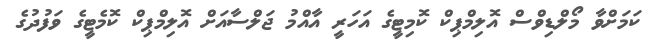
ކަމަށްވާ މޯލްޑިވްސް އޮލިމްޕިކް ކޮމިޓީގެ އަހަރީ އާއްމު ޖަލްސާއަށް އޮލިމްޕިކް ކޮމެޓީގެ ވަފުދުގެ